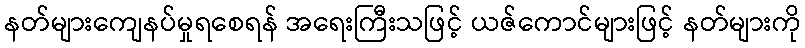
နတ်များကျေနပ်မှုရစေရန် အရေးကြီးသဖြင့် ယဇ်ကောင်များဖြင့် နတ်များကို